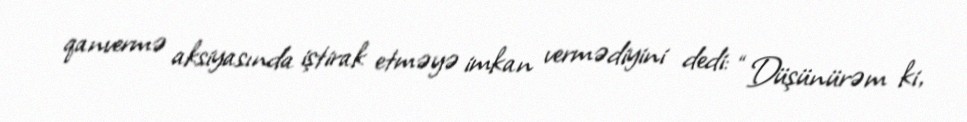
qanvermə aksiyasında iştirak etməyə imkan vermədiyini dedi: “Düşünürəm ki,